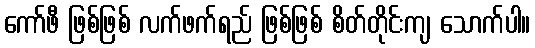
ကော်ဖီ ဖြစ်ဖြစ် လက်ဖက်ရည် ဖြစ်ဖြစ် စိတ်တိုင်းကျ သောက်ပါ။